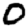
Digit: 0